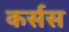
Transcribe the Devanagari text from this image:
कर्सस